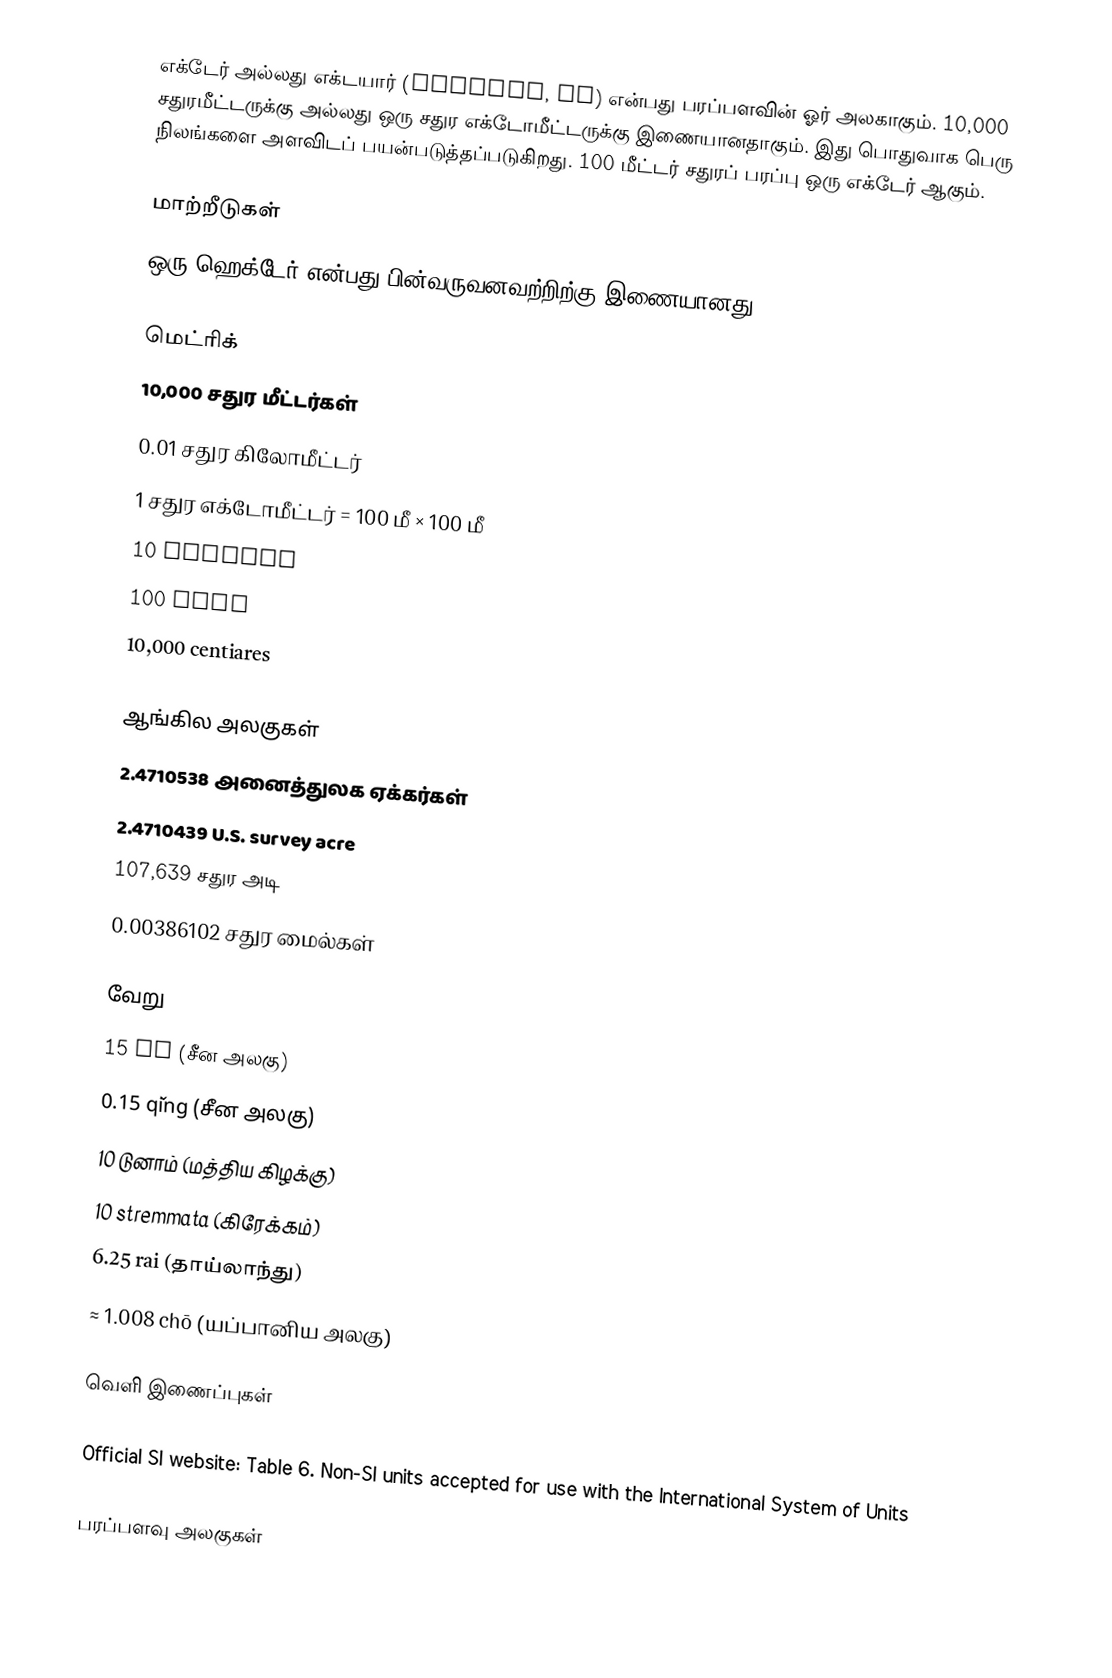
எக்டேர் அல்லது எக்டயார் (hectare, ha) என்பது பரப்பளவின் ஓர் அலகாகும். 10,000 சதுரமீட்டருக்கு அல்லது ஒரு சதுர எக்டோமீட்டருக்கு இணையானதாகும். இது பொதுவாக பெரு நிலங்களை அளவிடப் பயன்படுத்தப்படுகிறது. 100 மீட்டர் சதுரப் பரப்பு ஒரு எக்டேர் ஆகும்.

மாற்றீடுகள்
ஒரு ஹெக்டேர் என்பது பின்வருவனவற்றிற்கு இணையானது:

மெட்ரிக்
 10,000 சதுர மீட்டர்கள்
 0.01 சதுர கிலோமீட்டர்
 1 சதுர எக்டோமீட்டர் = 100 மீ × 100 மீ
 10 decares
 100 ares
 10,000 centiares

ஆங்கில அலகுகள்
 2.4710538 அனைத்துலக ஏக்கர்கள்
 2.4710439 U.S. survey acre
 107,639 சதுர அடி
 0.00386102 சதுர மைல்கள்

வேறு
 15 mū (சீன அலகு)
 0.15 qǐng (சீன அலகு)
 10 டுனாம் (மத்திய கிழக்கு)
 10 stremmata (கிரேக்கம்)
 6.25 rai (தாய்லாந்து)
 ≈ 1.008 chō (யப்பானிய அலகு)

வெளி இணைப்புகள்

 Official SI website: Table 6. Non-SI units accepted for use with the International System of Units

பரப்பளவு அலகுகள்